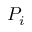
P _ { i }